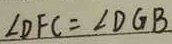
\angle D F C = \angle D G B